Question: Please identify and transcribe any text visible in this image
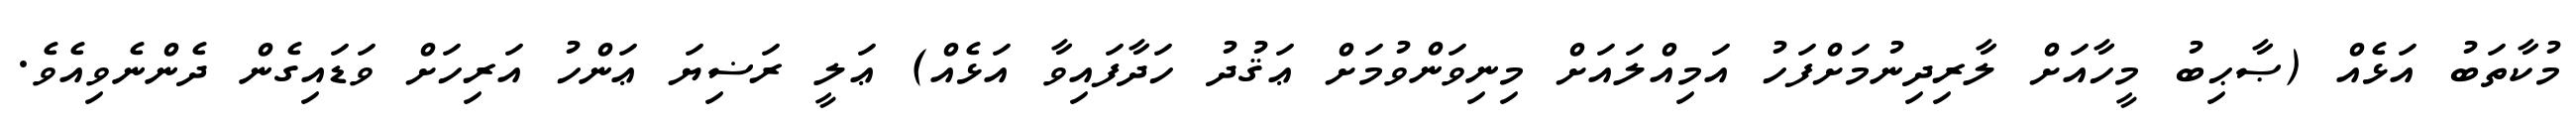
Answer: މުކާތަބު އަޅެއް (ޞާޙިބު މީހާއަށް ލާރިދިނުމަށްފަހު އަމިއްލައަށް މިނިވަންވުމަށް ޢަޤުދު ހަދާފައިވާ އަޅެއް) ޢަލީ ރަޟިޔަ ޢަންހު އަރިހަށް ވަޑައިގެން ދެންނެވިއެވެ.